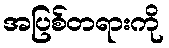
အပြစ်တရားကို